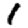
Digit: 1